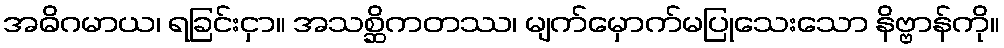
အဓိဂမာယ၊ ရခြင်းငှာ။ အသစ္ဆိကတဿ၊ မျက်မှောက်မပြုသေးသော နိဗ္ဗာန်ကို။